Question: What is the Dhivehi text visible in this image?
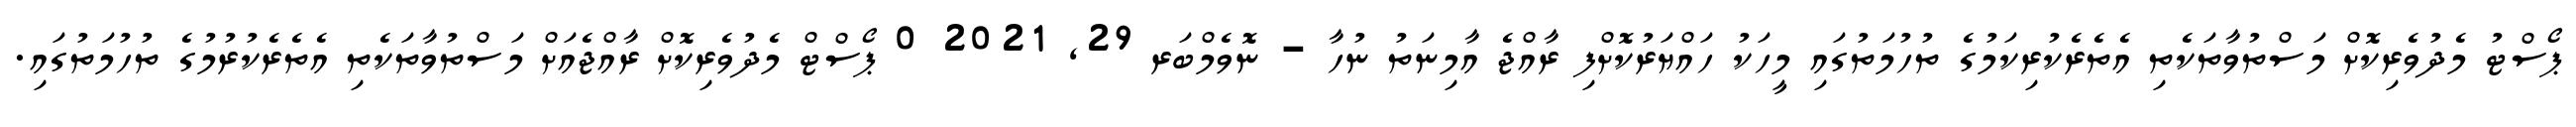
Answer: ޕޯސްޓު މެދުވެރިކޮށް މަސްތުވާތަކެތި އެތެރެކުރިކަމުގެ ތުހުމަތުގައި މީހަކު ހައްޔަރުކޮށްފި ރާއްޖެ އާމިނަތު ނުހާ - ނޮވެމްބަރ 29, 2021 0 ޕޯސްޓް މެދުވެރިކޮށް ރާއްޖެއަށް މަސްތުވާތަކެތި އެތެރެކުރުމުގެ ތުހުމަތުގައި.